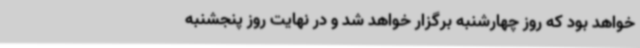
خواهد بود که روز چهارشنبه برگزار خواهد شد و در نهایت روز پنجشنبه